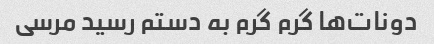
دونات‌ها گرم گرم به دستم رسید مرسی